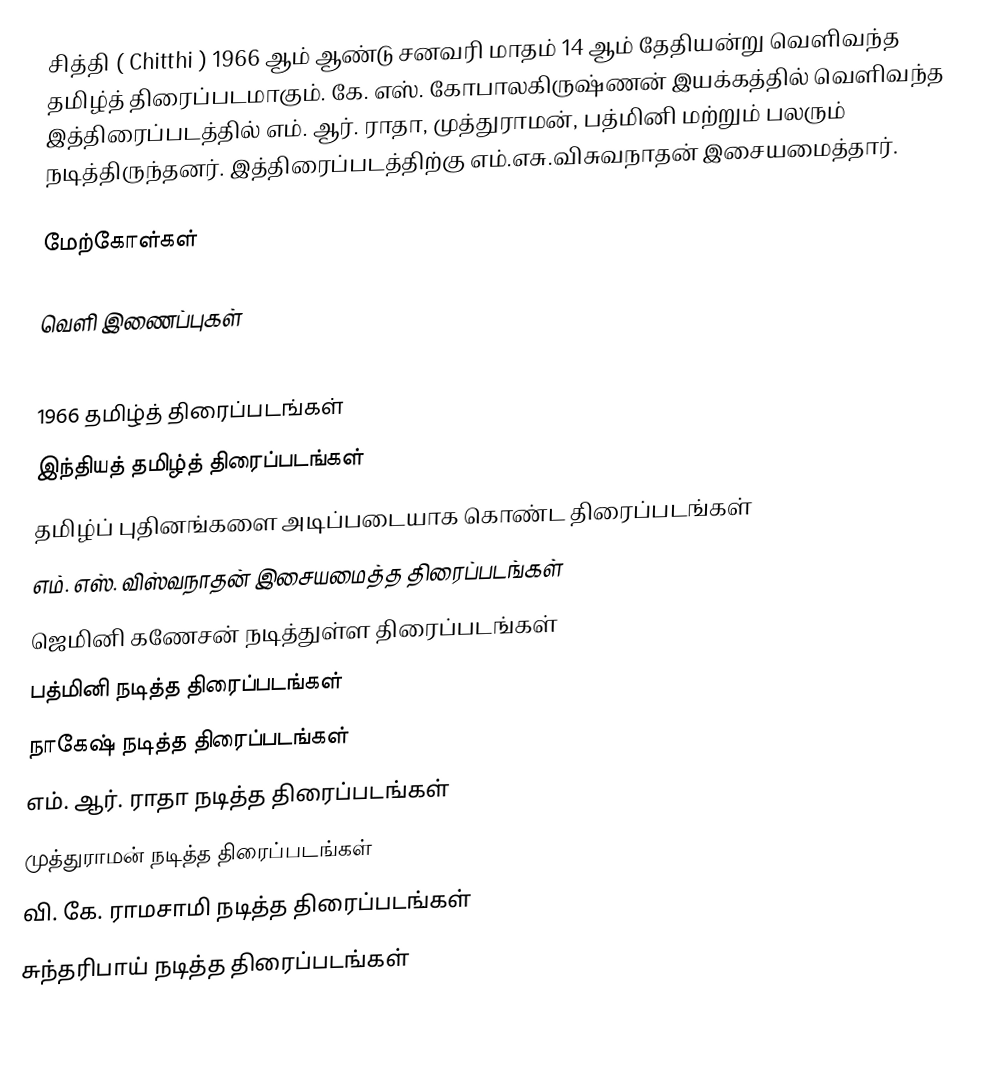
சித்தி ( Chitthi ) 1966 ஆம் ஆண்டு சனவரி மாதம் 14 ஆம் தேதியன்று வெளிவந்த தமிழ்த் திரைப்படமாகும். கே. எஸ். கோபாலகிருஷ்ணன் இயக்கத்தில் வெளிவந்த இத்திரைப்படத்தில் எம். ஆர். ராதா, முத்துராமன், பத்மினி மற்றும் பலரும் நடித்திருந்தனர். இத்திரைப்படத்திற்கு எம்.எசு.விசுவநாதன் இசையமைத்தார்.

மேற்கோள்கள்

வெளி இணைப்புகள்

1966 தமிழ்த் திரைப்படங்கள்
இந்தியத் தமிழ்த் திரைப்படங்கள்
தமிழ்ப் புதினங்களை அடிப்படையாக கொண்ட திரைப்படங்கள்
எம். எஸ். விஸ்வநாதன் இசையமைத்த திரைப்படங்கள்
ஜெமினி கணேசன் நடித்துள்ள திரைப்படங்கள்
பத்மினி நடித்த திரைப்படங்கள்
நாகேஷ் நடித்த திரைப்படங்கள்
எம். ஆர். ராதா நடித்த திரைப்படங்கள்
முத்துராமன் நடித்த திரைப்படங்கள்
வி. கே. ராமசாமி நடித்த திரைப்படங்கள்
சுந்தரிபாய் நடித்த திரைப்படங்கள்